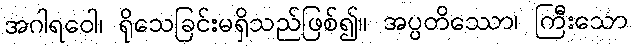
အဂါရဝေါ၊ ရိုသေခြင်းမရှိသည်ဖြစ်၍။ အပ္ပတိဿော၊ ကြီးသော